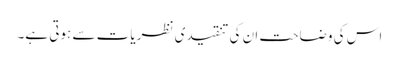
اس کی وضاحت ان کی تنقیدی نظریات سے ہوتی ہے۔